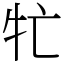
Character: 牤